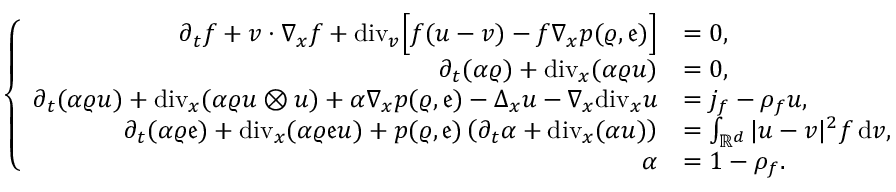
\left\{ \begin{array} { r l } { \partial _ { t } f + v \cdot \nabla _ { x } f + \mathrm { d i v } _ { v } \Big [ f ( u - v ) - f \nabla _ { x } p ( \varrho , \mathfrak { e } ) \Big ] } & { = 0 , } \\ { \partial _ { t } ( \alpha \varrho ) + \mathrm { d i v } _ { x } ( \alpha \varrho u ) } & { = 0 , } \\ { \partial _ { t } ( \alpha \varrho u ) + \mathrm { d i v } _ { x } ( \alpha \varrho u \otimes u ) + \alpha \nabla _ { x } p ( \varrho , \mathfrak { e } ) - \Delta _ { x } u - \nabla _ { x } \mathrm { d i v } _ { x } u } & { = j _ { f } - \rho _ { f } u , } \\ { \partial _ { t } ( \alpha \varrho \mathfrak { e } ) + \mathrm { d i v } _ { x } ( \alpha \varrho \mathfrak { e } u ) + p ( \varrho , \mathfrak { e } ) \left( \partial _ { t } \alpha + \mathrm { d i v } _ { x } ( \alpha u ) \right) } & { = \int _ { \mathbb R ^ { d } } \vert u - v \vert ^ { 2 } f \, \mathrm { d } v , } \\ { \alpha } & { = 1 - \rho _ { f } . } \end{array} \right.